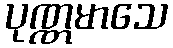
ပုဏ္ဏမာသေ